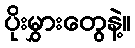
ပိုးမွှားတွေနဲ့။